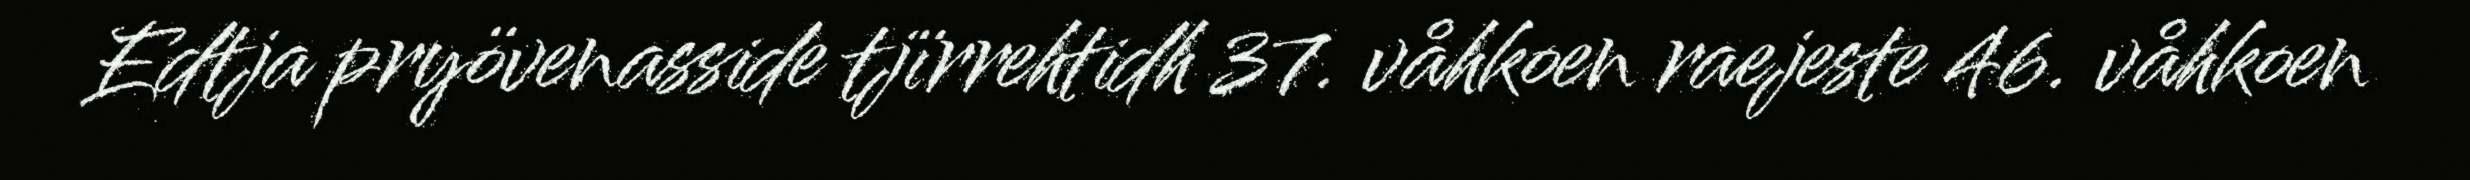
Edtja pryövenasside tjïrrehtidh 37. våhkoen raejeste 46. våhkoen